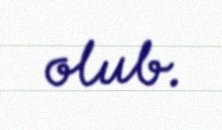
olub.